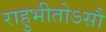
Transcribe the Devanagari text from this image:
राहुभीतोऽसौ